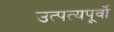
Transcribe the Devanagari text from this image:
उत्पत्यपूर्वो